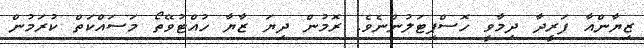
ޒިޔާންއާ ފަރީދާ ދިމާވީ ހޮސްޕިޓަލުންނެވެ. ރޮމުން ދިޔަ ޒާޔާ ހުއްޓުވޭތޯ މަސައްކަތް ކުރަމުން